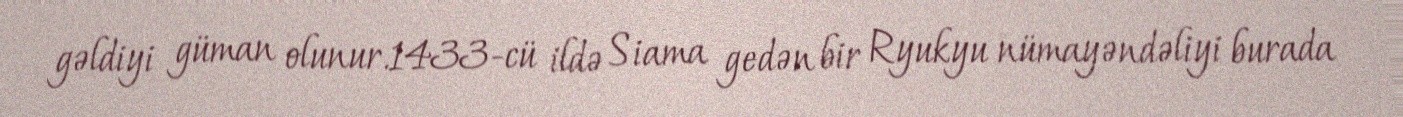
gəldiyi güman olunur.1433-cü ildə Siama gedən bir Ryukyu nümayəndəliyi burada